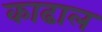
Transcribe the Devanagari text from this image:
काढाल